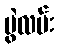
ပွဲလမ်း